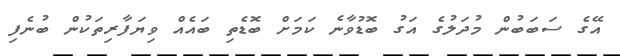
އޭގެ ސަބަބުން މުދަލުގެ އަގު ބޮޑުވާނެ ކަމަށް ބޮޑެތި ބައެއް ވިޔަފާރިތަކުން ބުނެފި